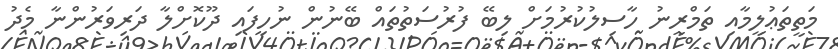
މަތީތަޢުލީމާއި ތަމްރީނު ހާސިލުކުރުމަށް ލިބޭ ފުރުސަތުތައް ބޭނުން ނުހިފައި ދޫކޮށްލާ ދަރިވަރުންނާ މެދު